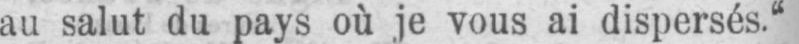
au salut du pays où je vous ai dispersés.“